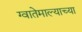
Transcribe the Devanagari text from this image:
ग्वातेमाल्याच्या